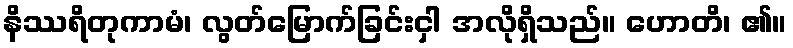
နိဿရိတုကာမံ၊ လွတ်မြောက်ခြင်းငှါ အလိုရှိသည်။ ဟောတိ၊ ၏။